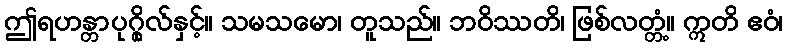
ဤရဟန္တာပုဂ္ဂိုလ်နှင့်။ သမသမော၊ တူသည်။ ဘဝိဿတိ၊ ဖြစ်လတ္တံ့။ ဣတိ ဧဝံ၊